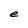
Character: e